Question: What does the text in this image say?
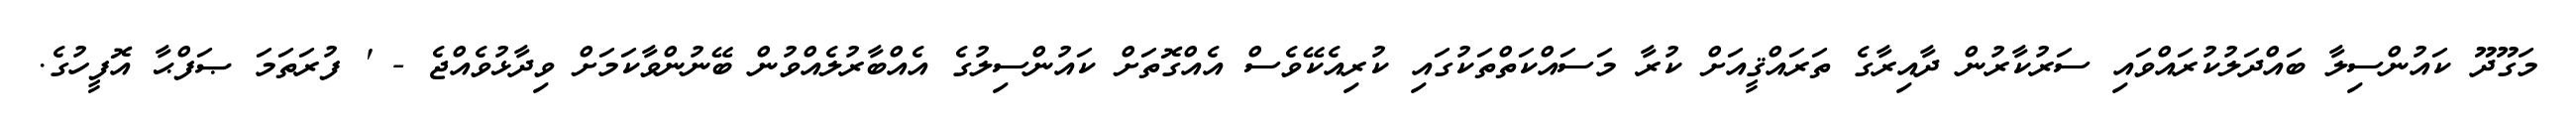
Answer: މަގޫދޫ ކައުންސިލާ ބައްދަލުކުރައްވައި ސަރުކާރުން ދާއިރާގެ ތަރައްޤީއަށް ކުރާ މަސައްކަތްތަކުގައި ކުރިއެކޭވެސް އެއްގޮތަށް ކައުންސިލުގެ އެއްބާރުލެއްވުން ބޭނުންވާކަމަށް ވިދާޅުވެއްޖެ - ' ފުރަތަމަ ޞަފްޙާ އޮފީހުގެ.